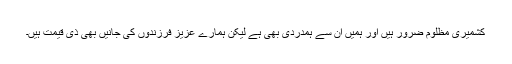
کشمیری مظلوم ضرور ہیں اور ہمیں ان سے ہمدردی بھی ہے لیکن ہمارے عزیز فرزندوں کی جانیں بھی ذی قیمت ہیں۔